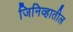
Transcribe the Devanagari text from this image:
जिनिव्हातील